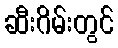
ဆီးဂိမ်းတွင်